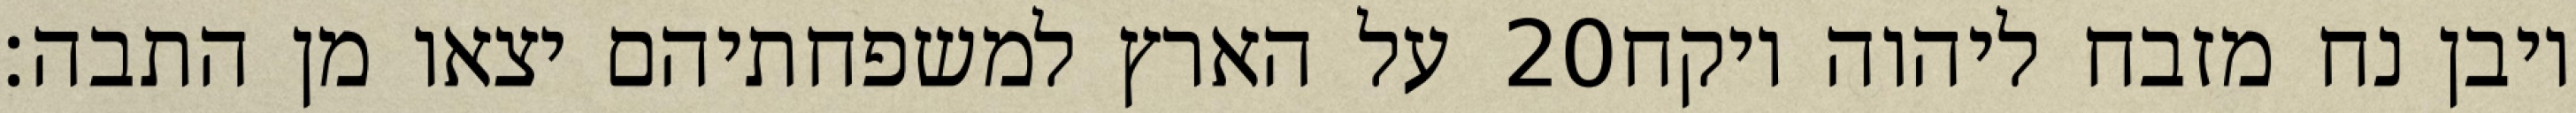
על הארץ למשפחתיהם יצאו מן התבה׃ ‎20‏ ויבן נח מזבח ליהוה ויקח